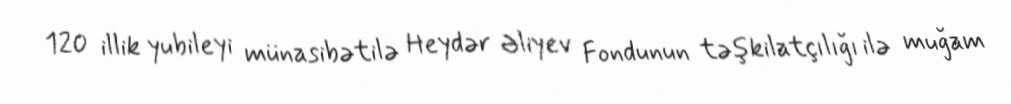
120 illik yubileyi münasibətilə Heydər Əliyev Fondunun təşkilatçılığı ilə muğam